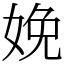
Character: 娩